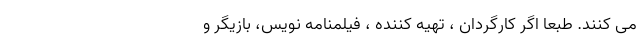
می کنند. طبعا اگر کارگردان ، تهیه کننده ، فیلمنامه نویس، بازیگر و